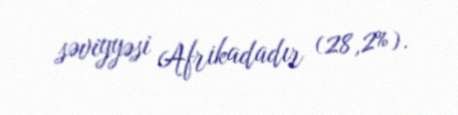
səviyyəsi Afrikadadır (28,2%).